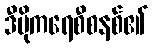
ဒီမိုကရေစီစနစ်၏